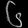
Digit: ၆